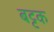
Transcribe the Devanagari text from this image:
बट्टक